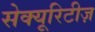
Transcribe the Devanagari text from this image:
सेक्यूरिटीज़